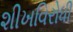
શીખવિરોધી